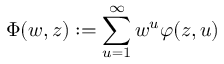
\Phi ( w , z ) : = \sum _ { u = 1 } ^ { \infty } w ^ { u } \varphi ( z , u )